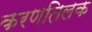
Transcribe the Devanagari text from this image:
करणतिलक